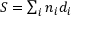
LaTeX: S = \textstyle \sum _ { i } n _ { i } d _ { i }